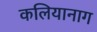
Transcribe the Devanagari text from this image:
कलियानाग